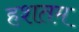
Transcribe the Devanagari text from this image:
हशतम